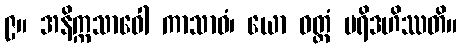
၉။ အနိက္ကသာဝေါ ကာသာဝံ၊ ယော ဝတ္ထံ ပရိဒဟိဿတိ။